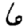
Digit: 6